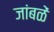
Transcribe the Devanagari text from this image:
जांबळें